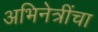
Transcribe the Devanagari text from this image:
अभिनेत्रींचा